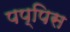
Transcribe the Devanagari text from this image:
पप्पिस